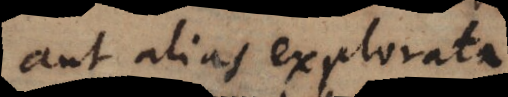
aut alias explorata.